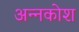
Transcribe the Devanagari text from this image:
अन्‍नकोश